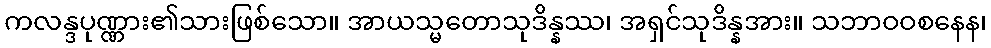
ကလန္ဒပုဏ္ဏား၏သားဖြစ်သော။ အာယသ္မတောသုဒိန္နဿ၊ အရှင်သုဒိန္နအား။ သဘာဝဝစနေန၊